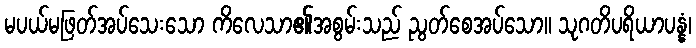
မပယ်မဖြတ်အပ်သေးသော ကိလေသာ၏အစွမ်းသည် ညွတ်စေအပ်သော။ သုဂတိပရိယာပန္နံ၊